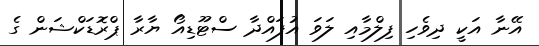
އޭނާ އަކީ ދިވެހި ފިލްމާއި ލަވަ އުފައްދާ ސްޓޫޑިއޯ ޔާރާ ޕްރޮޑަކްޝަން ގެ